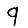
Digit: 9